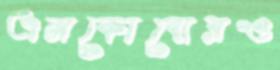
এনকোবোরও